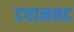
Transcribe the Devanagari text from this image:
दयाननद